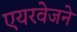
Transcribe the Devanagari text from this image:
एयरवेजने